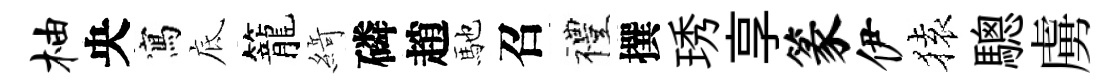
柚央寫底籠𦂶磷趙馳召禮撰琇享篆伊𫞤驄虜